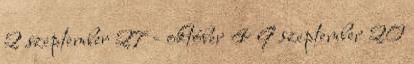
2 szeptember 27 - október 4 9 szeptember 20